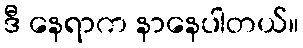
ဒီ နေရာက နာနေပါတယ်။